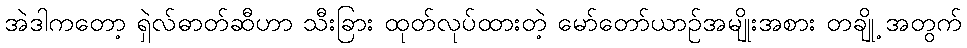
အဲဒါကတော့ ရှဲလ်ဓာတ်ဆီဟာ သီးခြား ထုတ်လုပ်ထားတဲ့ မော်တော်ယာဉ်အမျိုးအစား တချို့ အတွက်